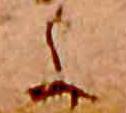
よ